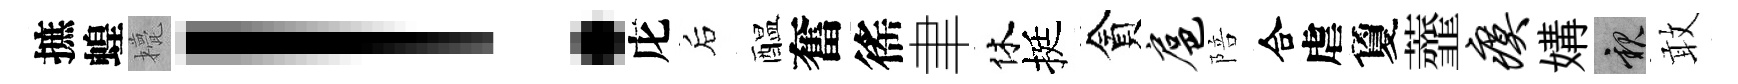
摭蝗甍！庀后醖奮徭聿休挺貪扈陪合虐夐虀瘼媾親敢